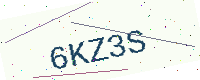
Text: 6KZ3S